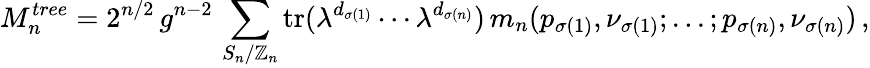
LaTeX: M_{n}^{tree}=2^{n/2}\, g^{n-2}\, \sum_{S_{n}/\mathbb{Z}_{n}}\mathrm{{tr}}(\lambda^{d_{\sigma(1)}}\cdots\lambda^{d_{\sigma(n)}})\, m_{n}(p_{\sigma(1)},\nu_{\sigma(1)};...;p_{\sigma(n)},\nu_{\sigma(n)})\, ,